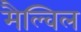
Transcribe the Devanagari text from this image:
मैल्विल